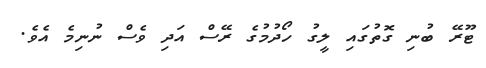
ޓޫރޭ ބުނި ގޮތުގައި ލީގު ހޯދުމުގެ ރޭސް އަދި ވެސް ނުނިމެ އެވެ.